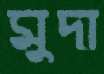
মুদা